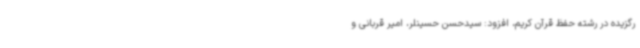
رگزیده در رشته حفظ قرآن کریم، افزود: سیدحسن حسینلر، امیر قربانی و